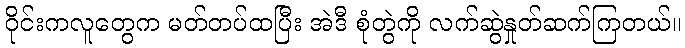
ဝိုင်းကလူတွေက မတ်တပ်ထပြီး အဲဒီ စုံတွဲကို လက်ဆွဲနှုတ်ဆက်ကြတယ်။